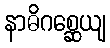
နာဓိဂစ္ဆေယျ